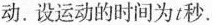
动.设运动的时间为t秒.